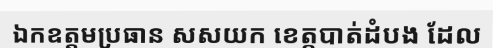
ឯកឧត្តមប្រធាន សសយក ខេត្តបាត់ដំបង ដែល